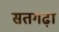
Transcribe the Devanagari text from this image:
सतगढ़ा